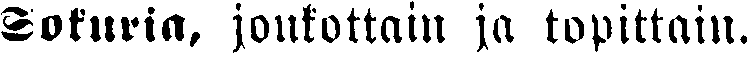
Soturia, joukottain ja topittain.